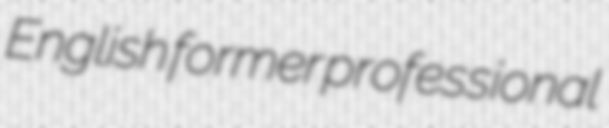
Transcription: English former professional